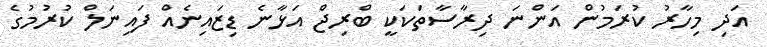
އަދި މިހާރު ކުރަމުން އަންނަ ދިރާސާތަކަކީ ބްރިޖް އަޅާނެ ޑިޒައިނެއް ފައިނަލް ކުރުމުގެ